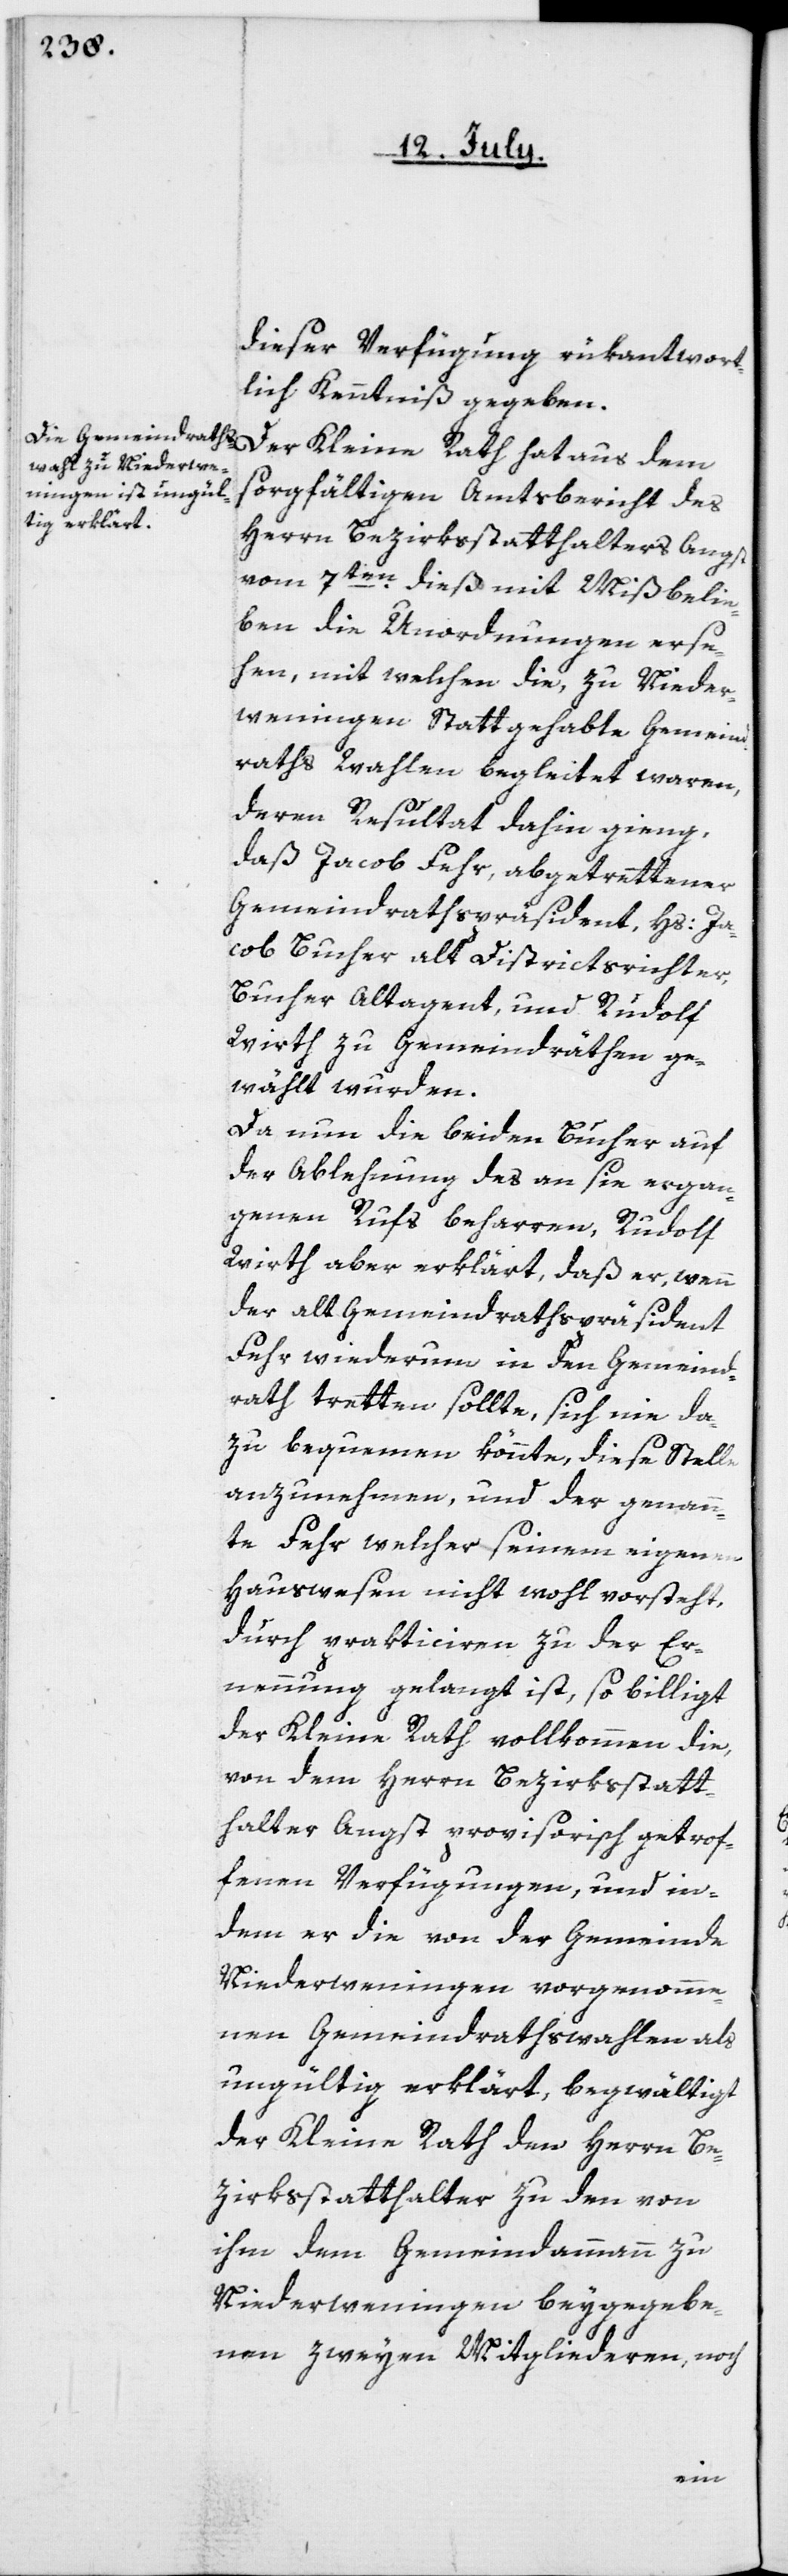
dieser Verfügung rükantwort¬
lich Kenntniß gegeben.
Der Kleine Rath hat aus dem
sorgfältigen Amtsbericht des
Herrn Bezirksstatthalters Angst
vom 7ten dieß mit Mißbelie¬
ben die Unordnungen erse¬
hen, mit welchen die, zu Nieder¬
weningen Stattgehabte Gemeind¬
raths Wahlen begleitet waren,
deren Resultat dahin gieng,
daß Jacob Fehr, abgetrettener
Gemeindrathspräsident, Hs: Ja¬
cob Bucher, alt Districtsrichter,
Bucher Altagent, und Rudolf
Wirth zu Gemeindräthen ge¬
wählt wurden.
Da nun die beiden Bucher auf
der Ablehnung des an sie ergan¬
genen Rufs beharren, Rudolf
Wirth aber erklärt, daß er, wenn
der alt Gemeindrathspräsident
Fehr wiederum in den Gemeind¬
rath tretten sollte, sich nie da¬
zu bequemen könnte, diese Stelle
anzunehmen, und der genann¬
te Fehr, welcher seinem eigenen
Hauswesen nicht wohl vorsteht,
durch prakticiren zu der Er¬
nennung gelangt ist, so billigt
der Kleine Rath vollkommen die,
von dem Herrn Bezirksstatt¬
halter Angst provisorisch getrof¬
fenen Verfügungen, und in¬
dem er die von der Gemeinde
Niederweningen vorgenomme¬
nen Gemeindrathswahlen als
ungültig erklärt, begwältigt
der Kleine Rath den Herrn Be¬
zirksstatthalter zu den von
ihm dem Gemeindammann zu
Niederweningen beygegebe¬
nen zweyen Mitgliederen, noch